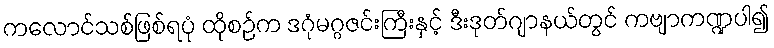
ကလောင်သစ်ဖြစ်ရပုံ ထိုစဉ်က ဒဂုံမဂ္ဂဇင်းကြီးနှင့် ဒီးဒုတ်ဂျာနယ်တွင် ကဗျာကဏ္ဍပါ၍